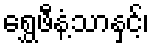
ရွှေဖီနံ့သာနှင့်၊